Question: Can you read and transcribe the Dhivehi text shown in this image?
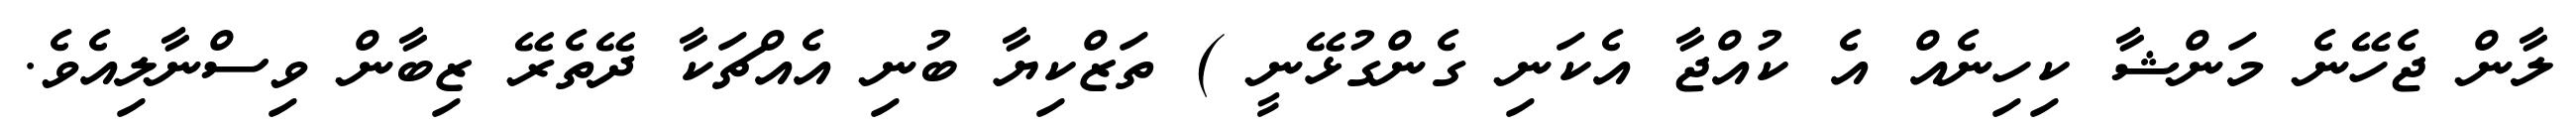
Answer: ލާން ޖެހޭނެ މަންޝާ ކިހިނެއް އެ ކުއްޖާ އެކަނި ގެންގުޅޭނީ ) ތަޒްކިޔާ ބުނި އެއްޗަކާ ދޭތެރޭ ޒިބާން ވިސްނާލިއެވެ.